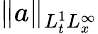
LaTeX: \| a\| _{L_{t}^{1}L_{x}^{\infty}}